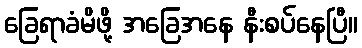
ခြေရာခံမိဖို့ အခြေအနေ နီးစပ်နေပြီ။